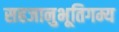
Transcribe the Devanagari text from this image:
सहजानुभूतिगम्य